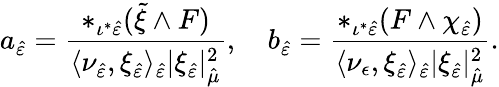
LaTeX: a_{\hat{\varepsilon}}=\frac{\ast_{\iota^{\ast}\hat{\varepsilon}}(\tilde{\xi}\wedge F)}{\langle\nu_{\hat{\varepsilon}},\xi_{\hat{\varepsilon}}\rangle_{\hat{\varepsilon}}\lvert\xi_{\hat{\varepsilon}}\rvert_{\hat{\mu}}^{2}},\quad b_{\hat{\varepsilon}}=\frac{\ast_{\iota^{\ast}\hat{\varepsilon}}(F\wedge\chi_{\hat{\varepsilon}})}{\langle\nu_{\epsilon},\xi_{\hat{\varepsilon}}\rangle_{\hat{\varepsilon}}\lvert\xi_{\hat{\varepsilon}}\rvert_{\hat{\mu}}^{2}}.